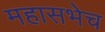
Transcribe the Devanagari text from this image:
महासभेच